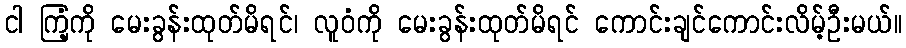
ငါ ကြံ့ကို မေးခွန်းထုတ်မိရင်၊ လူဝံကို မေးခွန်းထုတ်မိရင် ကောင်းချင်ကောင်းလိမ့်ဦးမယ်။